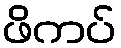
ဖိကပ်